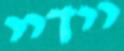
יידיי